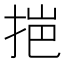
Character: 𭠼